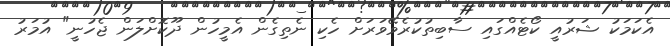
އެކަމަކު ޝަރުއީ ކޯޓެއްގައި ސާބިތުކުރެވޭވަރަށް ހެކި ނެތިގެން އެމީހުން ދޫކޮށްލަން ޖެހުނީ" އުމަރު